Reports on dispensaries and lunatic asylums in the Province of Oudh - 1869-1876
Year: 1869
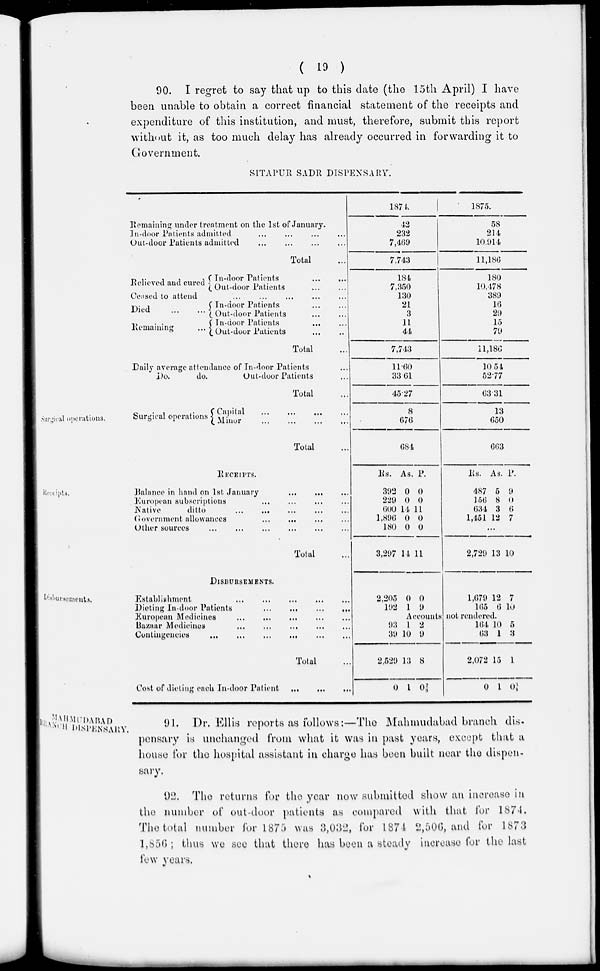
( 19 )
90. I regret to say that up to this date (the 15th April) I have
been unable to obtain a correct financial statement of the receipts and
expenditure of this institution, and must, therefore, submit this report
without it, as too much delay has already occurred in forwarding it to
Government.
SITAPUR SADR DISPENSARY.
Remaining under treatment on the 1st of January.
In-door Patients admitted ... ... ... ...
Out-door Patients admitted ... ... ... ...
Total ...
Relieved and cured
In-door Patients ... ...
Out-door Patients ... ...
Ceased to attend ... ... ... ... ...
Died
...
...
Remaining
...
In-door Patients ... ...
Out-door Patients ... ...
In-door Patients ... ...
Out-door Patients ... ...
Total ...
Daily average attendance of In-door Patients ...
Do.
do.
Out-door Patients ...
Total ...
1874.
42
232
7,469
7,743
184
7,350
130
21
3
11
44
7,743
11.60
33.61
45.27
1875.
58
214
10,914
11,186
180
10,478
389
16
29
15
79
11,186
10.54
52.77
63.31
Surgical operations.
Surgical operations
Capital ... ... ... ...
Minor
...
...
...
...
Total ...
8
676
684
13
650
663
Receipts.
RECEIPTS.
Balance in hand on 1st January ... ... ... ...
European subscriptions ... ... ... ...
Native
ditto ... ... ... ... ...
Government allowances ... ... ... ...
Other sources ... ... ... ... ... ...
Total ...
Rs.
392
229
600
1,896
180
3,297
As.
0
0
14
0
0
14
P.
0
0
11
0
0
11
Rs.
487
156
634
1,451
As.
5
8
3
12
P.
9
0
6
7
...
2,729 13 10
Disbursements.
DISBURSEMENTS.
Establishment ... ... ... ... ...
Dieting In-door Patients
...
...
...
...
European Medicines ... ... ... ... ...
Bazaar Medicines ... ... ... ... ...
Contingencies
...
...
...
...
...
...
Total ...
Cost of dieting each In-door Patient ... ... ...
2,205
192
0
1
0
9
1,679
165
12
6
7
10
Accounts not rendered.
93
39
2,520
0
1
10
13
1
2
9
8
0⅞
104
63
2,072
0
10
1
15
1
5
3
1
0¾
MAHMUDABAD
BRANCH DISPENSARY.
91. Dr. Ellis reports as follows:—The Mahmudabad branch dis
pensary is unchanged from what it was in past years, except that a
house for the hospital assistant in charge has been built near the dispen
sary.
92. The returns for the year now submitted show an increase in
the number of out-door patients as compared with that for 1874.
The total number for 1875 was 3,032, for 1874 2,506, and for 1873
1,856; thus we see that there has been a steady increase for the last
few years.